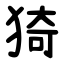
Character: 猗